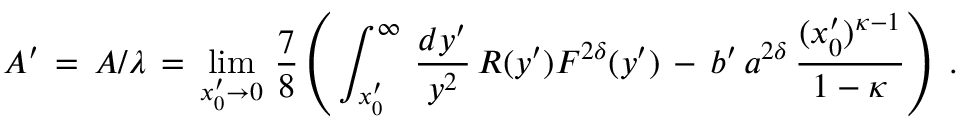
A ^ { \prime } \, = \, A / \lambda \, = \, \operatorname * { l i m } _ { x _ { 0 } ^ { \prime } \to 0 } \, \frac { 7 } { 8 } \left( \, \int _ { x _ { 0 } ^ { \prime } } ^ { \infty } \, \frac { d y ^ { \prime } } { y ^ { 2 } } \, R ( y ^ { \prime } ) F ^ { 2 \delta } ( y ^ { \prime } ) \, - \, b ^ { \prime } \, a ^ { 2 \delta } \, \frac { ( x _ { 0 } ^ { \prime } ) ^ { \kappa - 1 } } { 1 - \kappa } \right) \; .